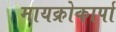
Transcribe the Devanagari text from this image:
मायक्रोकार्पा